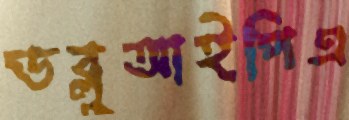
ডব্লুআইপিএ